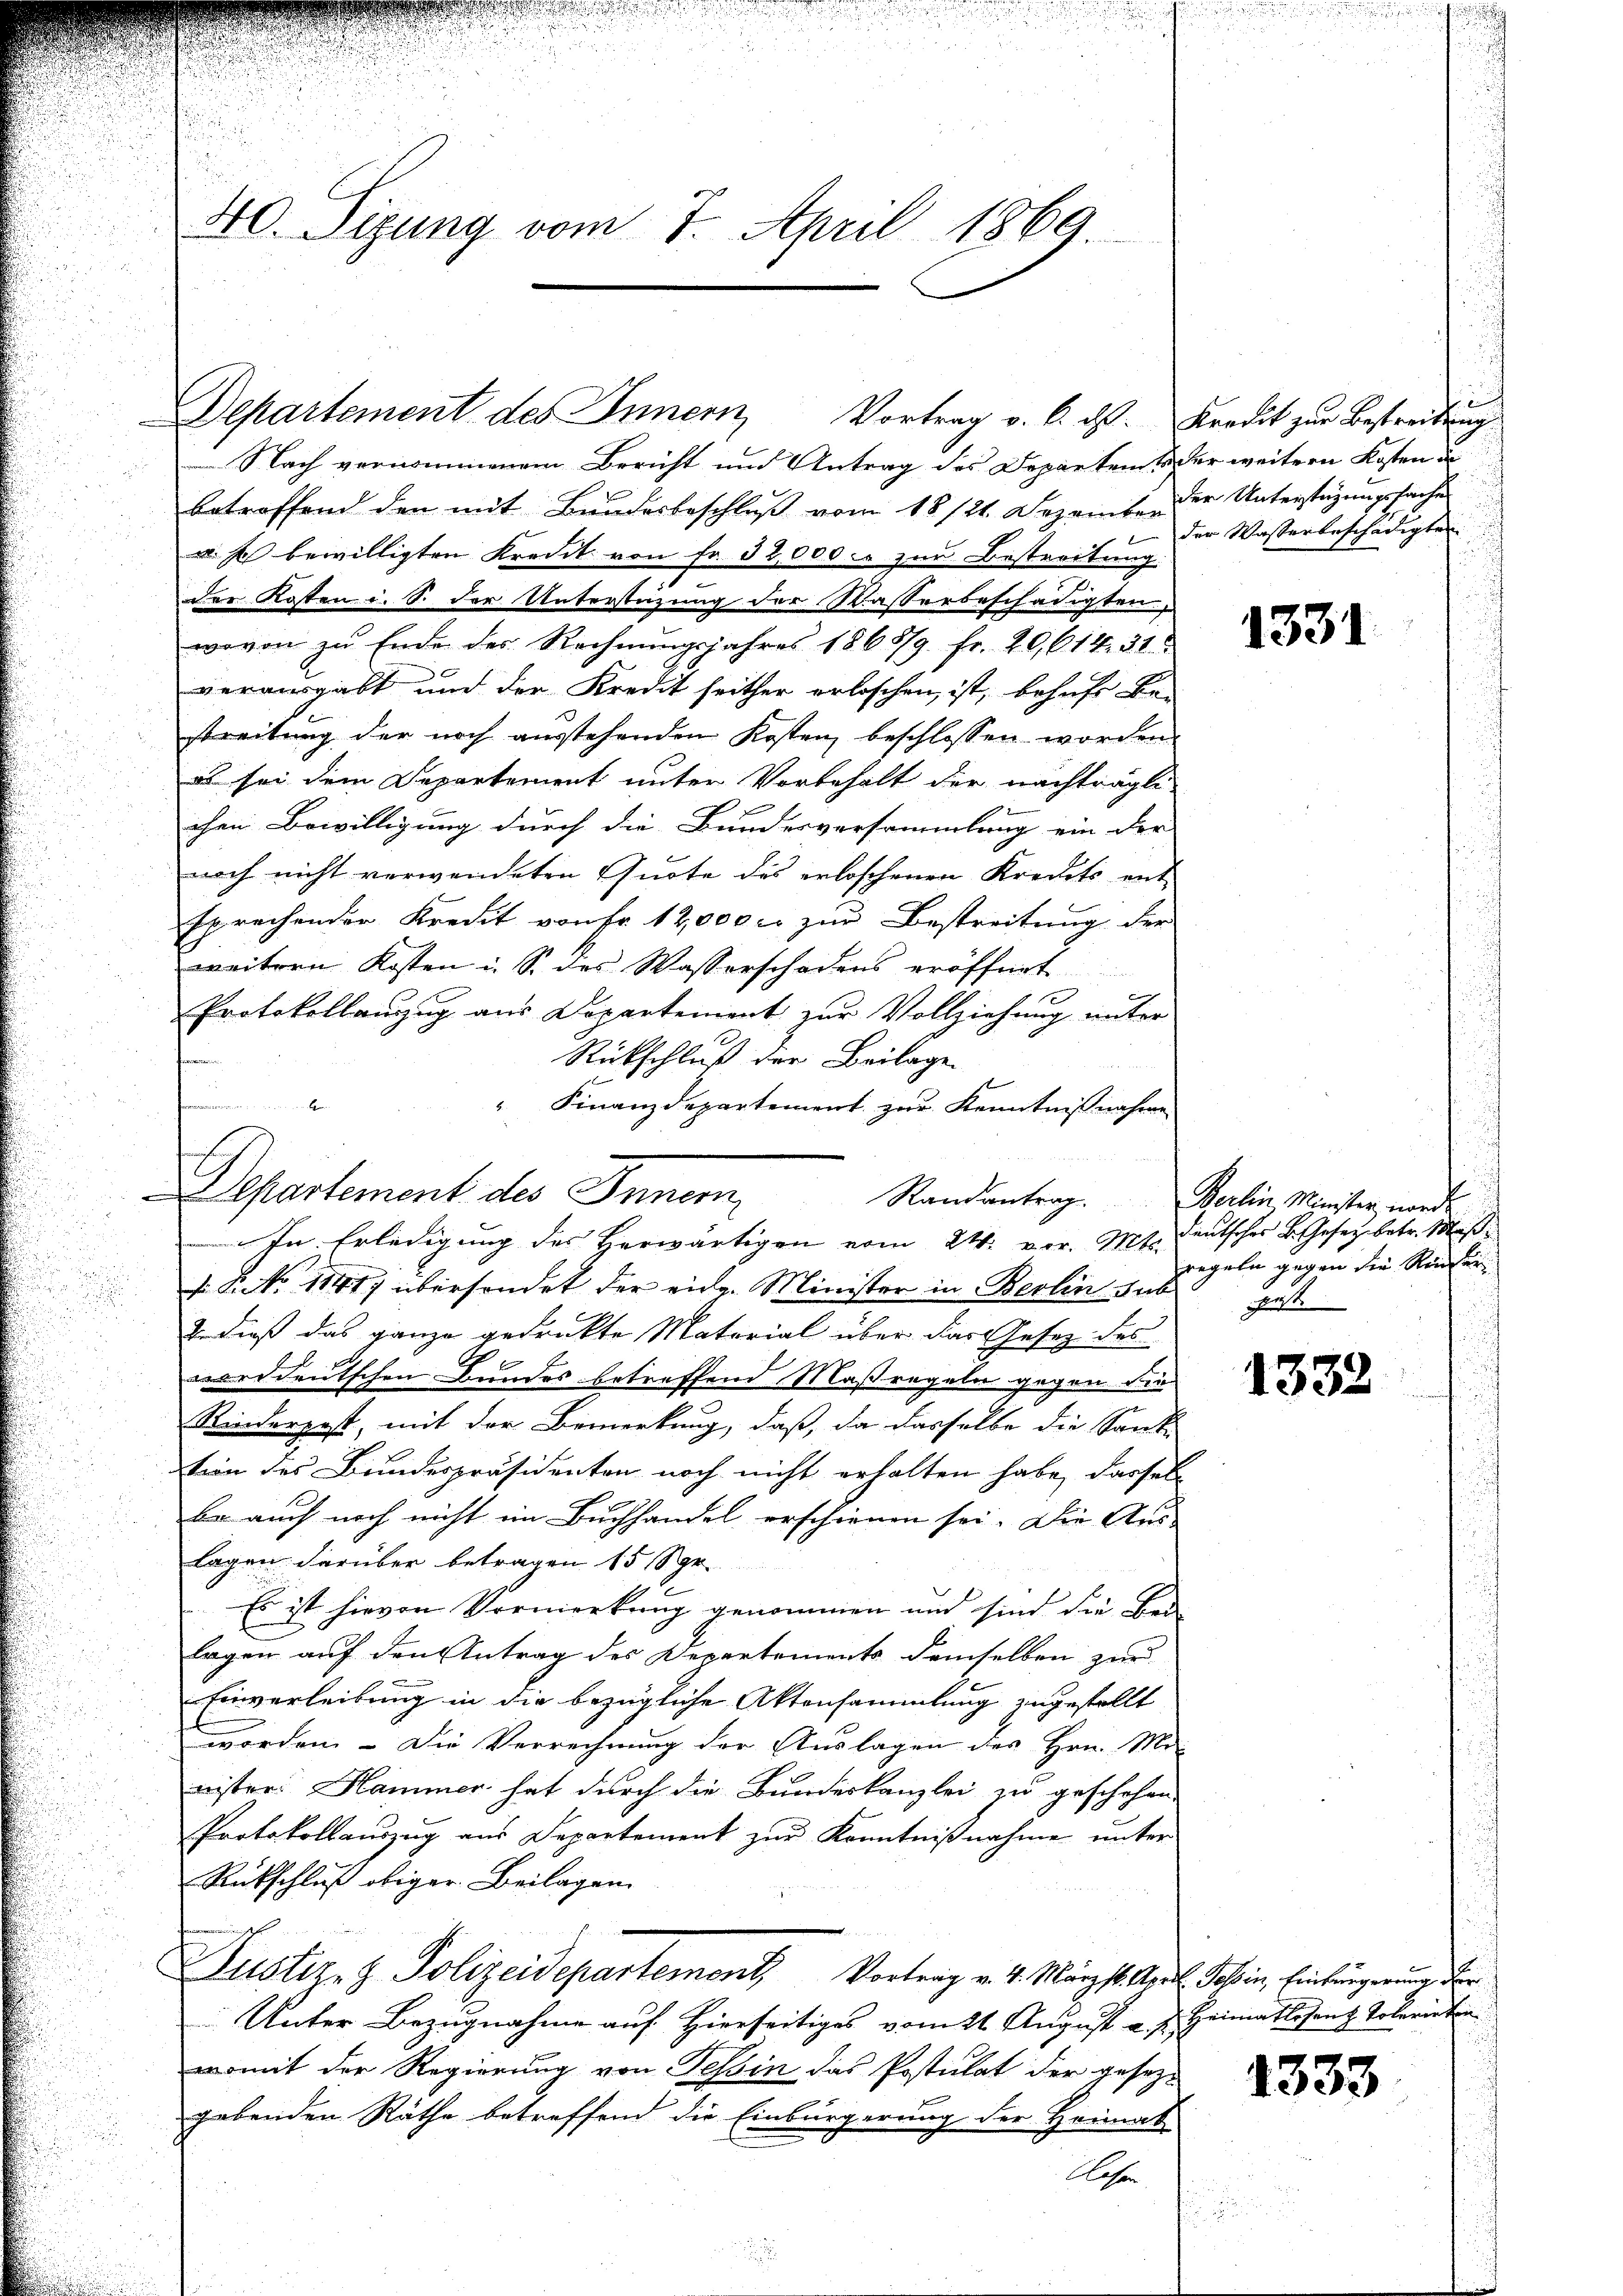
n

40. Sizung vom 7. April 1869.

Nach vernommenem Bericht und Antrag des Departen oder weitern Kosten un
betreffend den mit Bundesbeschluß vom 18 1/21. Dezember der Unterstüzungssache
u. 2 bewilligten Kredit von Fr. 32,000 - zur Bestreitung.
der Kosten i. S. der Unterstüzung der Wasserbeschädigten
wovon zu Ende des Rechnŭngsjahres 1868/9. fr. 20, 614. 31
verausgabt und der Kredit seither erloschen ist, behufe be-
streitung der noch ausstehenden Kosten beschlossen worden.
el sei dem Departement unter Vorbehalt der nachträgli
chen Bewilligung durch die Bundesversammlung ein der
noch nicht verwendeten Quote des erloschenen Kreits ent-
sprechender Kredit von Fr. 12,000 c. zur Bestreitung der
weitern Kosten u. S. des Wasserschadens eröffnet
Protokollanzug aus Departement zur Vollziehung unter
neien
Rückschluß der Beilage
r
f
" Finanzdepartement zur Kenntnißnahme
.

Departement des Innern
Randantrag. Berlin Minister nord¬
In Erledigung des Herwärtigen vom 24. vor. Mt. deutscher B. Gesetz betr. Maß¬

. P. No 11417 übersondet der eidg. Minister in Berlin sub gest.
2. dieß das ganze gedruckte Material über das Gesetz des
morddeutschen Bundes betreffend Maßregeln gegen die
Rinderpost, mit der Bemerkung, daß, da dasselbe die Sank
tion des Bundespräsidenten noch nicht erhalten habe, dassel
be auch noch nicht im Buchhandel erschienen sei. Die Auslagen darüber betragen 15 Spr
Es ist hievon Vormerkung genommen und sind die Bede
lagen auf den Antrag des Departements demselben zur
Einverleibung in die bezügliche Aktensammlung zugestellt
worden. – Die Verrechnung der Auslagen des Hrn. Mo- |
nister. Hammer hat durch die Bundeskanzlei zu geschehen.
Protokollauszug aus Departement zur Kenntnißnahme unter
Rückschluß obiger Beilagen
Zustiz- & Polizeidepartement Vortrag v. 4. März l. Karl Josoin, Einbürgerung der
Unter Bezugnahme auf Hierseitiges vom 21. August v. J. Heimatlosenz Tolerieten
womit der Regierung von Tessin das Postulat der gesezgebenden Räthe betreffend die Einbürgerung der Heimat-
Kasern

Departement des Innern Vortrag v. 6. ds. Kredit zur Bestreitung

der Wasserbeschädigten

1331

regeln gegen die Rinder

1332

1333